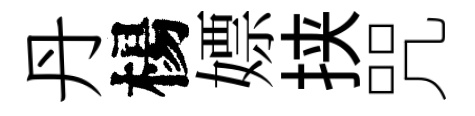
丹楊嫖挟咒